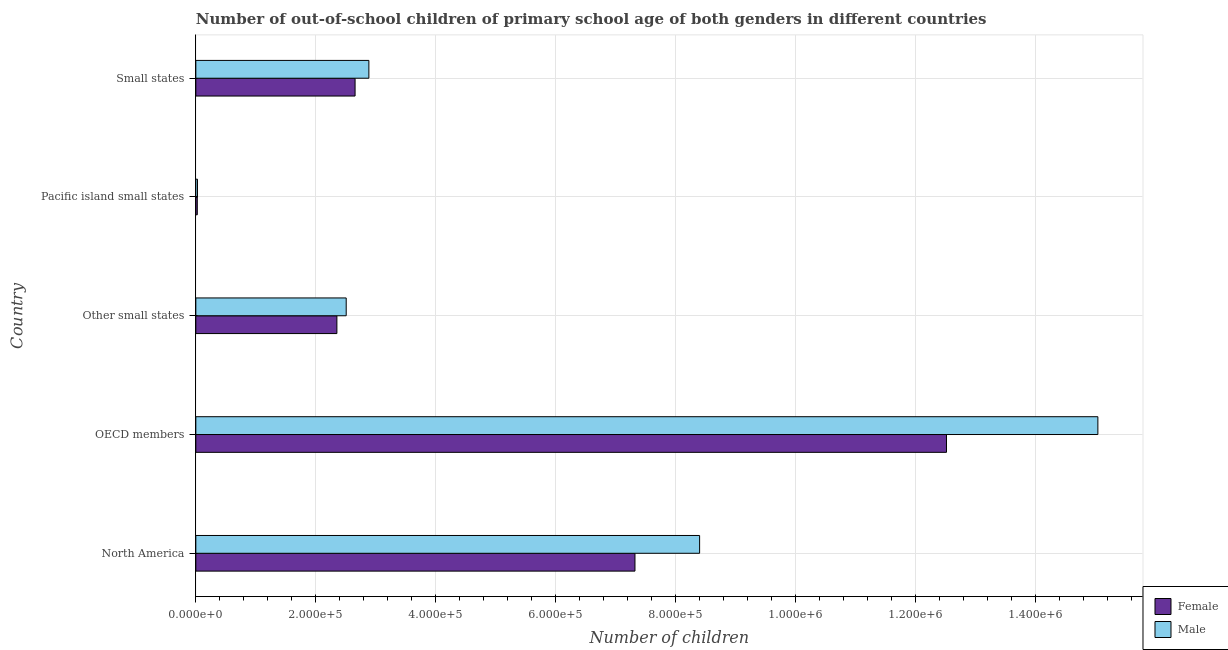
| Country | Female | Male |
 | --- | --- | --- |
 | North America | 7.32e+05 | 8.4e+05 |
 | OECD members | 1.25e+06 | 1.5e+06 |
 | Other small states | 2.35e+05 | 2.51e+05 |
 | Pacific island small states | 2.45e+03 | 2.76e+03 |
 | Small states | 2.66e+05 | 2.89e+05 |